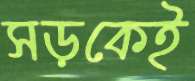
সড়কেই